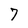
Character: 7